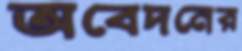
অবেদনের